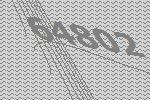
64802